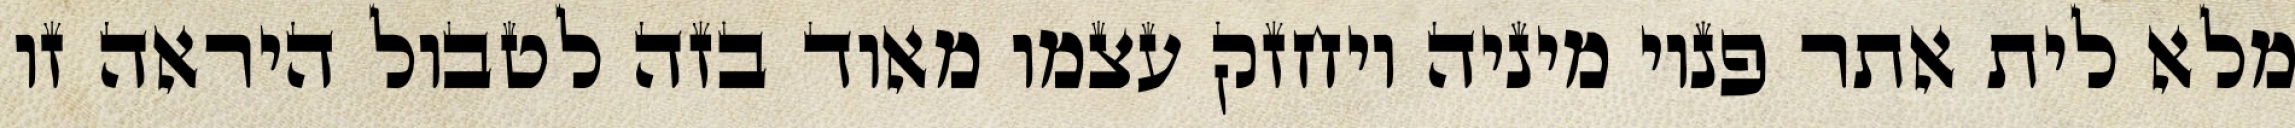
מלא לית אתר פנוי מיניה ויחזק עצמו מאוד בזה לטבול היראה זו